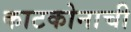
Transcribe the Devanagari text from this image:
काटकोनाची